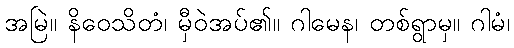
အမြဲ။ နိဝေသိတံ၊ မှီဝဲအပ်၏။ ဂါမေန၊ တစ်ရွာမှ။ ဂါမံ၊